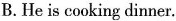
B. He is cooking dinner.